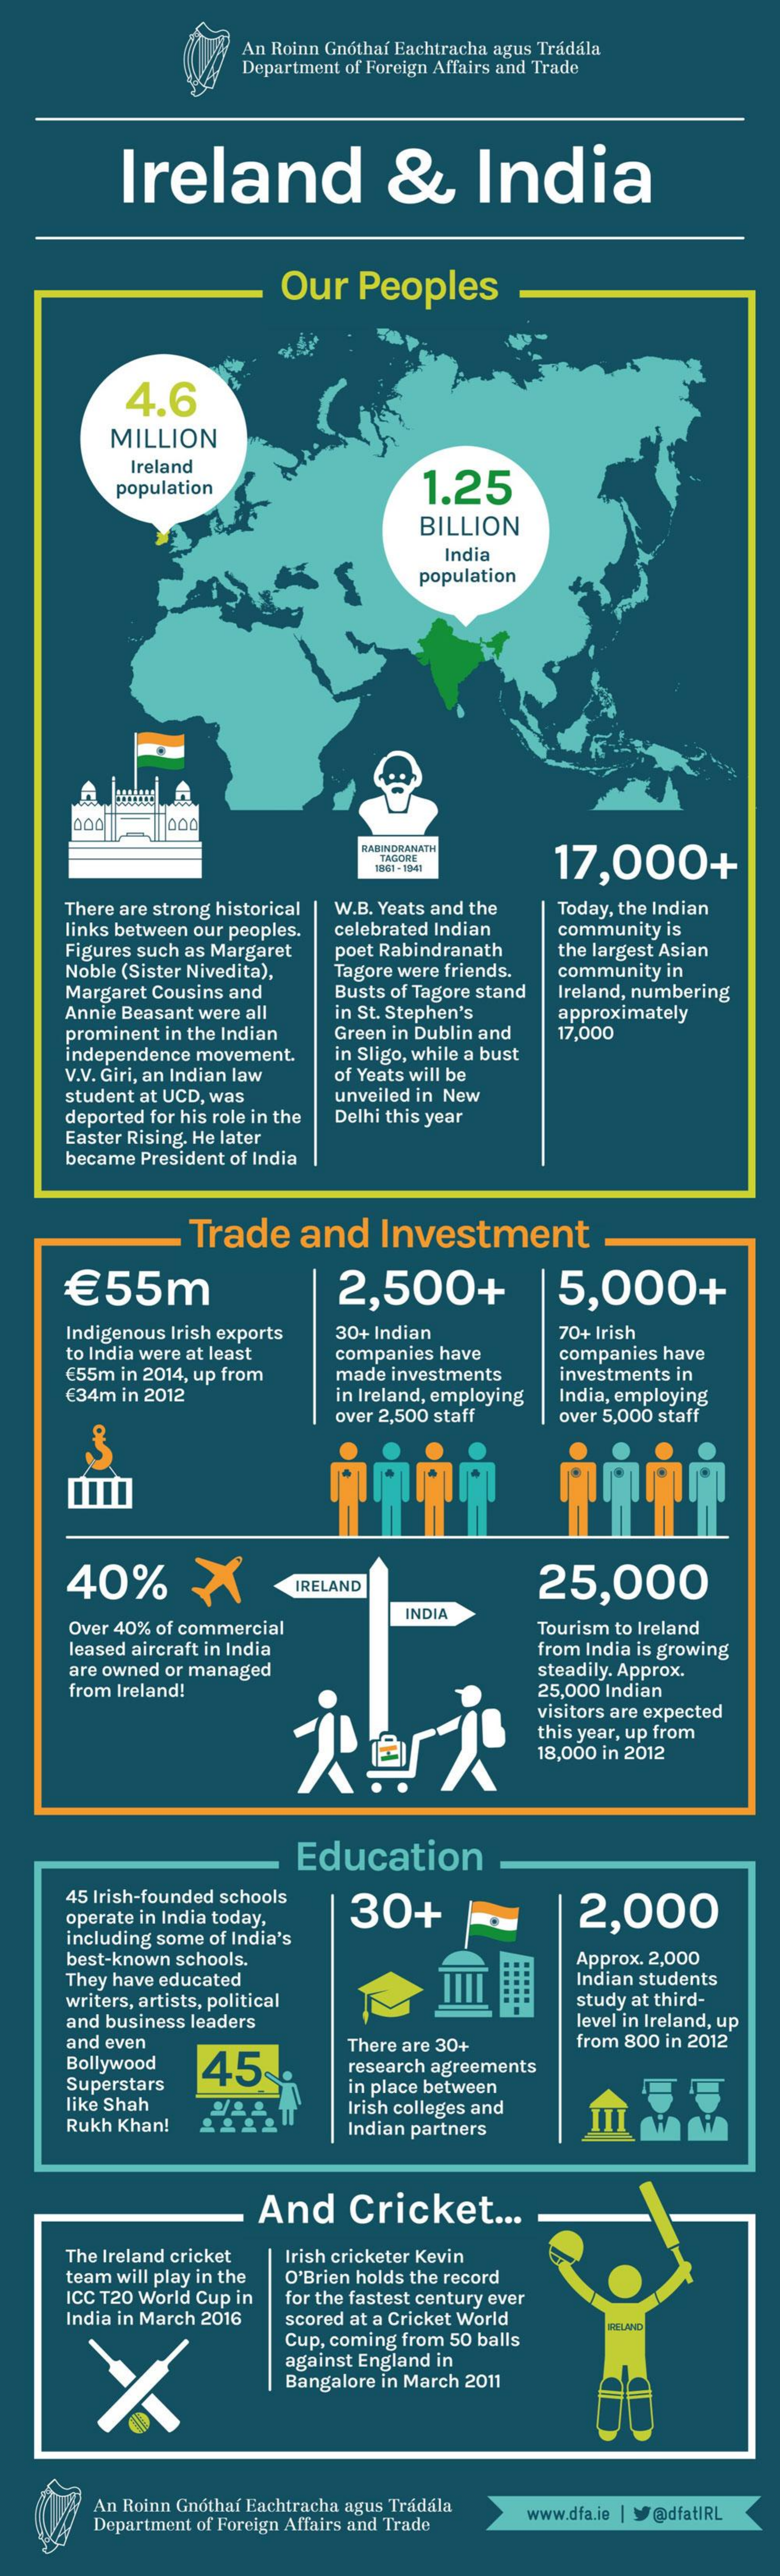
An Roinn Gnothaf Eachtracha agus Tradala
     Department of Foreign Affairs and Trade
     Ireland    &    India
     Our   Peoples
     4.6
     MILLION
     Ireland
     population    1.25
     BILLION
     India
     population
     000
     RABINDRANATH
     TAGORE
     17,000+ 861 - 1941
     There are strong historical W.B. Yeats and the Today, the Indian
     links between our peoples. celebrated Indian community is
     Figures such as Margaret
     Noble (Sister Nivedita),
     poet Rabindranath  the largest Asian
     Tagore were friends.
     Margaret Cousins and  Busts of Tagore stand
     community in
     Ireland, numbering
     Annie Beasant were all in St. Stephen's
     prominent in the Indian Green in Dublin and
     approximately
     17,000
     independence movement.
     V.V. Giri, an Indian law
     in Sligo, while a bust
     of Yeats will be
     student at UCD, was
     deported for his role in the
     unveiled in New
     Delhi this year
     Easter Rising. He later
     became President of India
     Trade    and    Investment
     €  55m    2,500+    5,000+
     Indigenous Irish exports 30+ Indian    70+ Irish
     to India were at least
     € 55m in 2014, up from
     companies have    companies have
     € 34m in 2012
     made investments
     in Ireland, employing
     investments in
     over 2,500 staff
     India, employing
     over 5,000 staff
     40%    X    IRELAND    25,000
     Over 40% of commercial
     INDIA
     Tourism to Ireland
     leased aircraft in India
     are owned or managed
     from India is growing
     from Ireland!
     steadily. Approx.
     25,000 Indian
     visitors are expected
     this year, up from
     18,000 in 2012
     Education
     45 Irish-founded schools
     operate in India today, 30+    2,000
     including some of India's
     best-known schools.
     They have educated
     Approx. 2,000
     Indian students
     writers, artists, political    study at third-
     and business leaders    level in Ireland, up
     and even
     Bollywood  45
     There are 30+    from 800 in 2012
     Superstars
     research agreements
     like Shah
     in place between
     Rukh Khan!
     Irish colleges and
     Indian partners
     And    Cricket    ...
     The Ireland cricket Irish cricketer Kevin
     team will play in the
     ICC T20 World Cup in
     O'Brien holds the record
     for the fastest century ever
     India in March 2016 scored at a Cricket World
     Cup, coming from 50 balls
     IRELAND
     against England in
     Bangalore in March 2011
     An Roinn Gnóthaf Eachtracha agus Trádála
     Department of Foreign Affairs and Trade
     www.dfa.ie | @dfatIRL